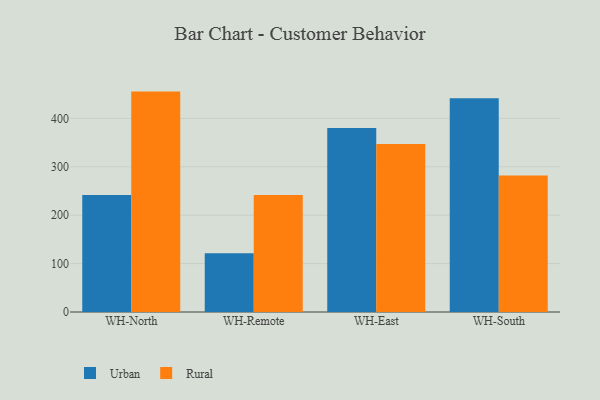
{"axis": {"x": "Warehouse", "y": "Temperature (°C)"}, "legend": ["Rural", "Urban"], "data": [{"x": "WH-North", "y": 241.7, "type": "Urban"}, {"x": "WH-North", "y": 455.4, "type": "Rural"}, {"x": "WH-Remote", "y": 121.5, "type": "Urban"}, {"x": "WH-Remote", "y": 241.7, "type": "Rural"}, {"x": "WH-East", "y": 380.2, "type": "Urban"}, {"x": "WH-East", "y": 347.0, "type": "Rural"}, {"x": "WH-South", "y": 441.5, "type": "Urban"}, {"x": "WH-South", "y": 281.9, "type": "Rural"}]}